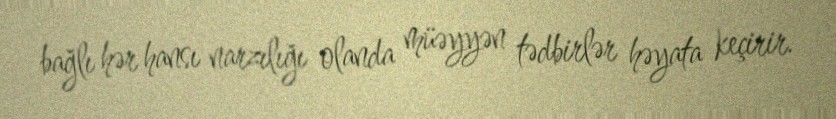
bağlı hər hansı narzılığı olanda müəyyən tədbirlər həyata keçirir.